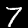
Digit: 7